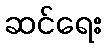
ဆင်ရေး